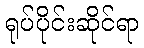
ရုပ်ပိုင်းဆိုင်ရာ